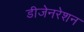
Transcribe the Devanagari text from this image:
डीजेनरेशन